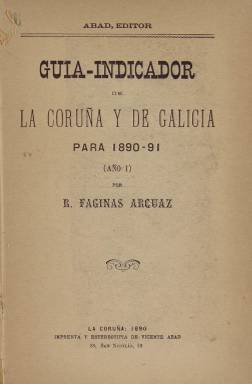
Título: Guía-indicador de La Coruña y de Galicia
Otros títulos: Guía indicador de La Coruña y de Galicia
Colección: Revistas turísticas y de viajes || Guías y directorios
Ámbito geográfico: La Coruña
Lugar de publicación: La Coruña
Fechas: 01/01/1890-31/12/1890